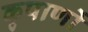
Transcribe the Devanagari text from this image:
कृपाणों